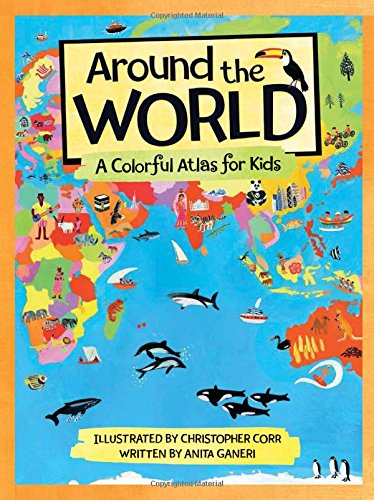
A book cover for Around the World: A Colorful Atlas for Kids; Anita Ganeri; Children's Books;